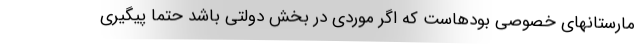
مارستانهای خصوصی بودهاست که اگر موردی در بخش دولتی باشد حتما پیگیری